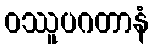
ဝဿူပဂတာနံ